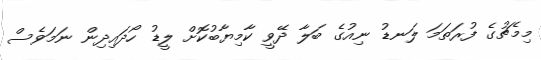
މިމެޗުގެ ފުރަތަމަ ލަނޑު ނިއުގެ ބަލާ ދޭވީ ކާމިޔާބުކޮށް ލީޑު ހޯދައިދިން ނަމަވެސް